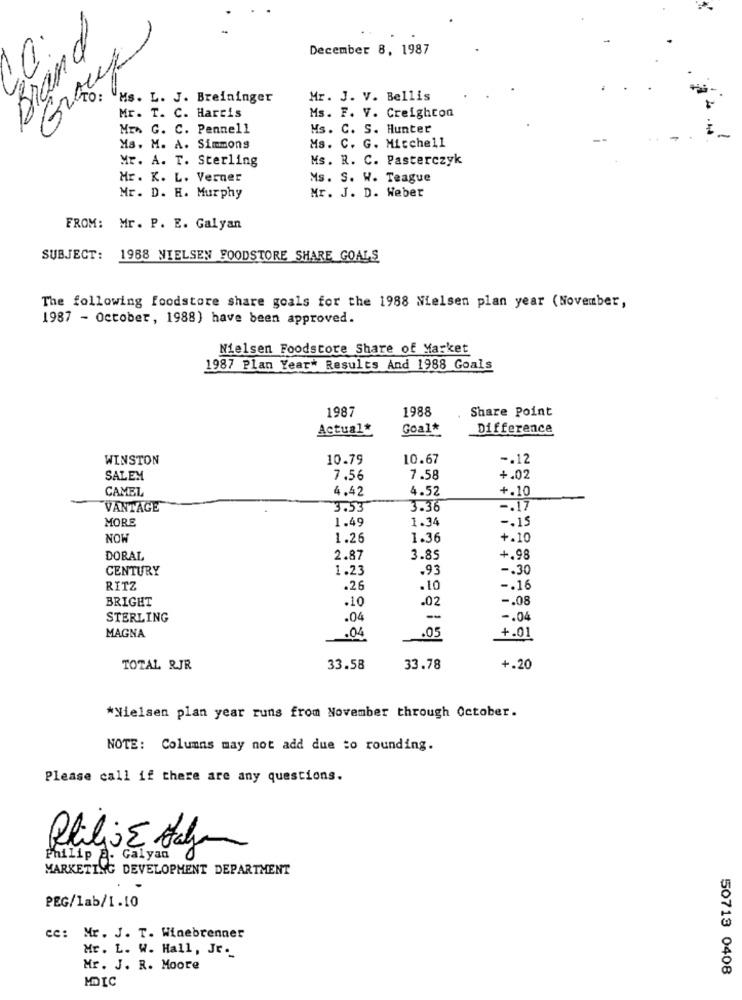
December 8, 1987
10:
Ms. L. J. Breininger
Mr. J. V. Bellis
Ms. F. V. Creighton
Mr. T. C. Harris
Mr G. C. Pennell
Ms. C. S. Hunter
Ms. C. G. Mitchell
Ms. M. A. Simmons
Mr. A. T. Sterling
Ms. R. C. Pasterczyk
Mr. K. L. Verner
Ms. S. W. Teague
Mr. D. H. Murphy
Mr. J. D. Weber
FROM: Mr. P. E. Galyan
SUBJECT:
1988 NIELSEN FOODSTORE SHARE GOALS
The following foodstore share goals for the 1988 Nielsen plan year (November,
1987 - October, 1988) have been approved.
Nielsen Foodstore Share of Market
1987 Plan Year* Results And 1988 Goals
1987
1988
Share Point
Actual
Goal*
Difference
WINSTON
10.79
10.67
-. 12
SALEM
7.56
7.58
+.02
CAMEL
4.42
4.52
+.10
VANTAGE
3.53
3.36
-. 17
MORE
1.49
1.34
-. 15
NOW
1.26
1.36
+.10
DORAL
2.87
3.85
+.98
CENTURY
1.23
.93
-. 30
RITZ
.26
.10
-. 16
BRIGHT
.02
-. 08
.10
STERLING
.04
-
-. 04
.05
MAGNA
.04
+.01
TOTAL RJR
33.58
33.78
+.20
*Nielsen plan year runs from November through October.
NOTE: Columns may not add due to rounding.
Please call if there are any questions.
Pelilij E Hagan
Philip A. Galyan
MARKETING DEVELOPMENT DEPARTMENT
PEG/lab/1.10
cc: Mr. J. T. Winebrenner
Mr. L. W. Hall, Jr.
Mr. J. R. Moore
50713 0408
MDIC